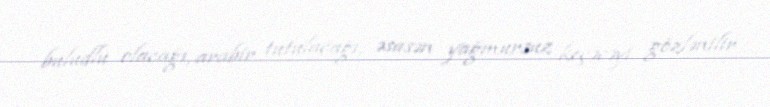
buludlu olacağı, arabir tutulacağı, əsasən yağmursuz keçəcəyi gözlənilir.